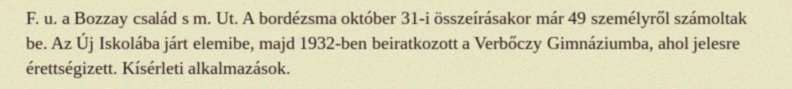
F. u. a Bozzay család s m. Ut. A bordézsma október 31-i összeírásakor már 49 személyről számoltak be. Az Új Iskolába járt elemibe, majd 1932-ben beiratkozott a Verbőczy Gimnáziumba, ahol jelesre érettségizett. Kísérleti alkalmazások.